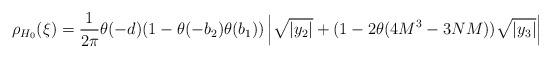
LaTeX: \begin{align*}\rho_{H_0 } (\xi ) =\frac{1}{2\pi } \theta (-d) (1-\theta (-b_2 ) \theta (b_1 ) )\left| \sqrt{ | y_2 | } + (1-2\theta (4M^3 -3NM )) \sqrt{ | y_3 | } \right|\end{align*}